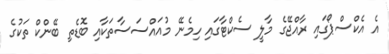
އެ އެކްސްޕޯގައި ރާއްޖޭގެ މާލީ ސެކްޓާގައި ހިމެނޭ މުއައްސަސާތަކާއި ބޮޑެތި ބޭންކް ތަކުގެ